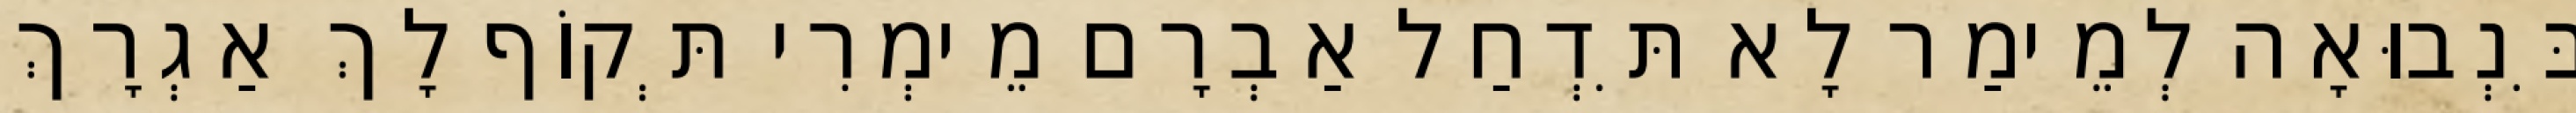
בִּנְבוּאָה לְמֵימַר לָא תִּדְחַל אַבְרָם מֵימְרִי תְּקוֹף לָךְ אַגְרָךְ